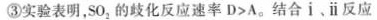
③实验表明，SO_{2}的歧化反应速率 $$D > A$$。结合i﹑ⅱ反应